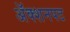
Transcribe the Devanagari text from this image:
अॅक्शनपट